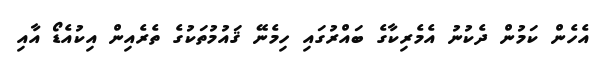
އެހެން ކަމުން ދެކުނު އެމެރިކާގެ ބައްރުގައި ހިމެނޭ ޤައުމުތަކުގެ ތެރެއިން އިކުއެޑޯ އާއި